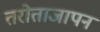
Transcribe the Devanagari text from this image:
तरोताजापन